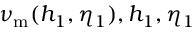
\nu _ { \mathrm { m } } ( h _ { 1 } , \eta _ { 1 } ) , h _ { 1 } , \eta _ { 1 }